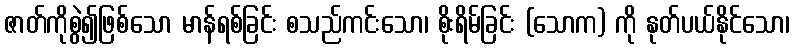
ဇာတ်ကိုစွဲ၍ဖြစ်သော မာန်ရစ်ခြင်း စသည်ကင်းသော၊ စိုးရိမ်ခြင်း (သောက) ကို နုတ်ပယ်နိုင်သော၊